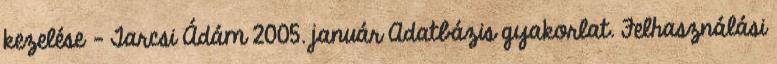
kezelése – Tarcsi Ádám 2005. január Adatbázis gyakorlat. Felhasználási